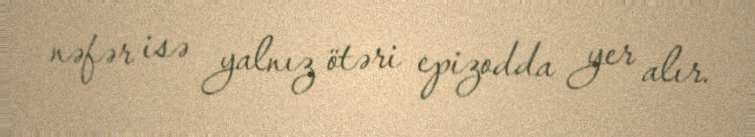
nəfər isə yalnız ötəri epizodda yer alır.